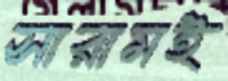
সারামই